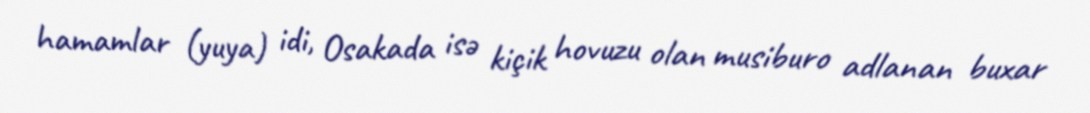
hamamlar (yuya) idi, Osakada isə kiçik hovuzu olan musiburo adlanan buxar